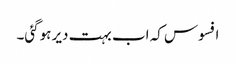
افسوس کہ اب بہت دیر ہوگئی۔